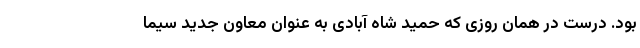
بود. درست در همان روزی که حمید شاه آبادی به عنوان معاون جدید سیما